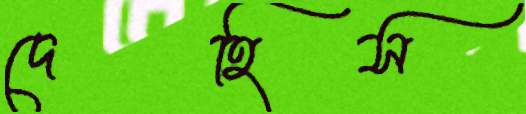
দেহিস